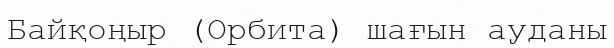
Байқоңыр (Орбита) шағын ауданы